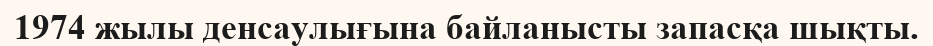
1974 жылы денсаулығына байланысты запасқа шықты.